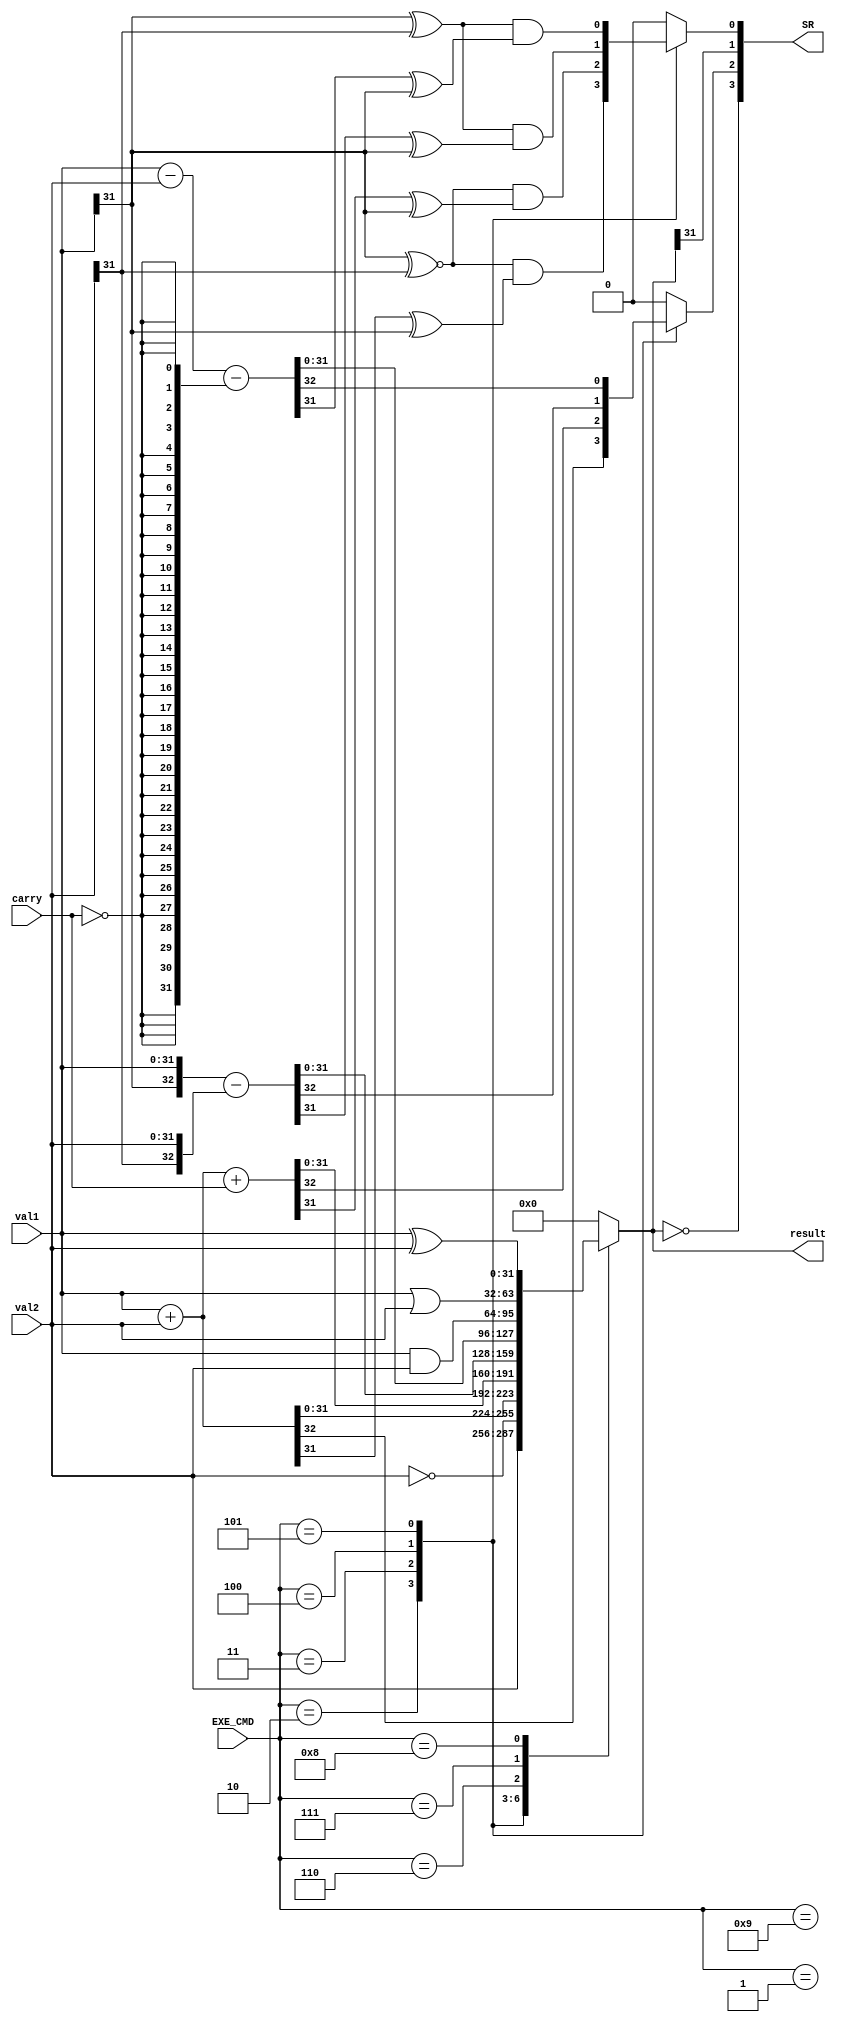
`define EXE_MOV 4'b0001
`define EXE_MVN 4'b1001
`define EXE_ADD 4'b0010
`define EXE_ADC 4'b0011
`define EXE_SUB 4'b0100
`define EXE_SBC 4'b0101
`define EXE_AND 4'b0110
`define EXE_ORR 4'b0111
`define EXE_EOR 4'b1000
`define EXE_CMP 4'b0100
`define EXE_TST 4'b0110
`define EXE_LDR 4'b0010
`define EXE_STR 4'b0010


module ALU
(
    input          carry,
    input [3:0]    EXE_CMD,
    input [31:0]   val1,
    input [31:0]   val2,
    
    output [3:0]   SR,
    output [31:0]  result
);

    reg V, C;
    reg [32:0] temp;
    
    wire N, Z;

    assign result = temp[31:0];
    assign SR = {Z, C, N, V};

    assign N = result[31];
    assign Z = result==0;

    always @(*) begin
        V = 1'b0;
        C = 1'b0;
        temp = 33'b0;
        case (EXE_CMD)
            `EXE_MOV: temp = val2;
            `EXE_MVN: temp = ~val2;
            `EXE_ADD: begin
                temp = val1 + val2;
                V = (val1[31] ~^ val2[31]) & (temp[31] ^ val1[31]);
                C = temp[32];
            end
            `EXE_ADC: begin
                temp = val1 + val2 + carry;
                V = (val1[31] ~^ val2[31]) & (temp[31] ^ val1[31]);
                C = temp[32];
            end
            `EXE_SUB: begin
                temp = {val1[31], val1} - {val2[31], val2};
                V = (val1[31] ^ val2[31]) & (temp[31] ^ val1[31]);
                C = temp[32];
            end
            `EXE_SBC: begin
                temp = val1 - val2 - {32{~carry}};
                V = (val1[31] ^ val2[31]) & (temp[31] ^ val1[31]);
                C = temp[32];
            end
            `EXE_AND: temp = val1 & val2;
            `EXE_ORR: temp = val1 | val2;
            `EXE_EOR: temp = val1 ^ val2;
            `EXE_CMP: begin
                temp = {val1[31], val1} - {val2[31], val2};
                V = (val1[31] ^ val2[31]) & (temp[31] ^ val1[31]);
                C = temp[32];
            end
            `EXE_TST: temp = val1 & val2;
            `EXE_LDR: temp = val1 + val2;
            `EXE_STR: temp = val1 + val2;
            default: begin
              temp = 33'b0;
              V = 1'b0;
              C = 1'b0;
            end

        endcase
    end

endmodule